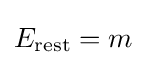
E_{\textrm {rest}}=m